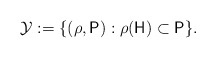
\begin{align*}\mathcal Y:=\{(\rho,\mathsf P): \rho(\mathsf H)\subset\mathsf P\}.\end{align*}